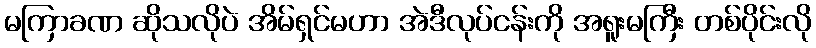
မကြာခဏ ဆိုသလိုပဲ အိမ်ရှင်မဟာ အဲဒီလုပ်ငန်းကို အရူးမကြီး တစ်ပိုင်းလို